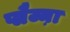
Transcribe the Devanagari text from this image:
प्लैज्म़ा